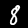
Label: 8